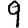
Digit: 9